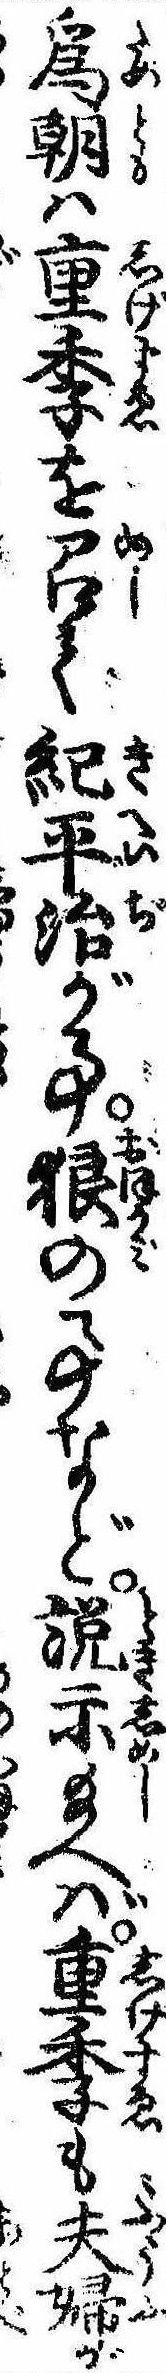
為朝は重季を召て紀平治が事狼の事など説示給へば重季も夫婦が